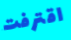
اقترفت